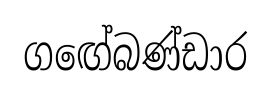
ගඟේබණ්ඩාර